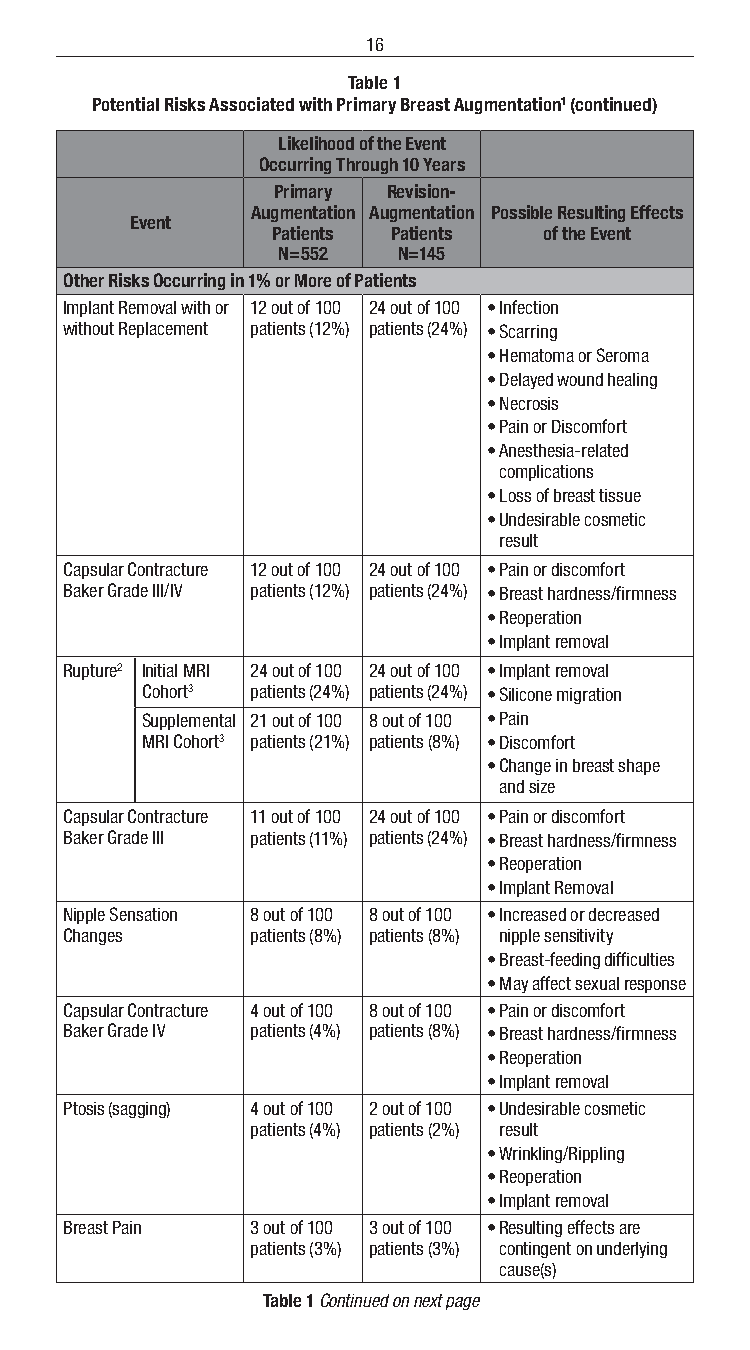
16
 Table 1
 Potential Risks Associated with Primary Breast Augmentation1 (continued)
 Likelihood of the Event
 Occurring Through 10 Years
 Primary Revision-
 Augmentation Augmentation Possible Resulting Effects
 Event
 Patients Patients of the Event
 N=552   N=145
 Other Risks Occurring in 1% or More of Patients
 Implant Removal with or 12 out of 100 24 out of 100 • Infection
 without Replacement patients (12%) patients (24%) • Scarring
 • Hematoma or Seroma
 • Delayed wound healing
 • Necrosis
 • Pain or Discomfort
 • Anesthesia-related
 complications
 • Loss of breast tissue
 • Undesirable cosmetic
 result
 Capsular Contracture 12 out of 100 24 out of 100 • Pain or discomfort
 Baker Grade III/IV patients (12%) patients (24%) • Breast hardness/firmness
 • Reoperation
 • Implant removal
 Rupture2 Initial MRI 24 out of 100 24 out of 100 • Implant removal
 Cohort3 patients (24%) patients (24%) • Silicone migration
 Supplemental 21 out of 100 8 out of 100 • Pain
 MRI Cohort3 patients (21%) patients (8%) • Discomfort
 • Change in breast shape
 and size
 Capsular Contracture 11 out of 100 24 out of 100 • Pain or discomfort
 Baker Grade III patients (11%) patients (24%) • Breast hardness/firmness
 • Reoperation
 • Implant Removal
 Nipple Sensation 8 out of 100 8 out of 100 • Increased or decreased
 Changes      patients (8%) patients (8%) nipple sensitivity
 • Breast-feeding difficulties
 • May affect sexual response
 Capsular Contracture 4 out of 100 8 out of 100 • Pain or discomfort
 Baker Grade IV patients (4%) patients (8%) • Breast hardness/firmness
 • Reoperation
 • Implant removal
 Ptosis (sagging) 4 out of 100 2 out of 100 • Undesirable cosmetic
 patients (4%) patients (2%) result
 • Wrinkling/Rippling
 • Reoperation
 • Implant removal
 Breast Pain  3 out of 100 3 out of 100 • Resulting effects are
 patients (3%) patients (3%) contingent on underlying
 cause(s)
 Table 1 Continued on next page